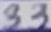
Text: 33